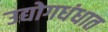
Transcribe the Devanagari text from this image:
उद्योगधंधात